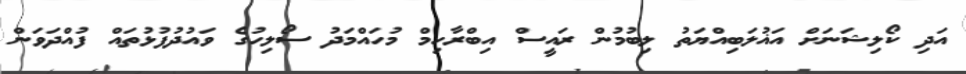
އަދި ކޯލިޝަނަށް އަޣުލަބިއްޔަތު ލިބުމުން ރައީސް އިބްރާހިމް މުހައްމަދު ސޯލިހުގެ ވައުދުފުޅުތައް ފުއްދަވަން